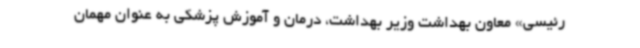
رئیسی» معاون بهداشت وزیر بهداشت، درمان و آموزش پزشکی به عنوان مهمان